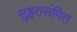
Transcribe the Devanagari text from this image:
सुहृतसंमित